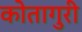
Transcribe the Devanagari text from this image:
कोतागुरी